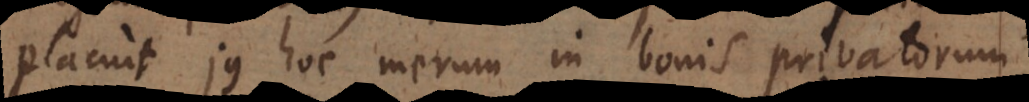
placuit jus hoc merum in bonis privatorum